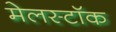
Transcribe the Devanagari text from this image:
मेलस्टॉक